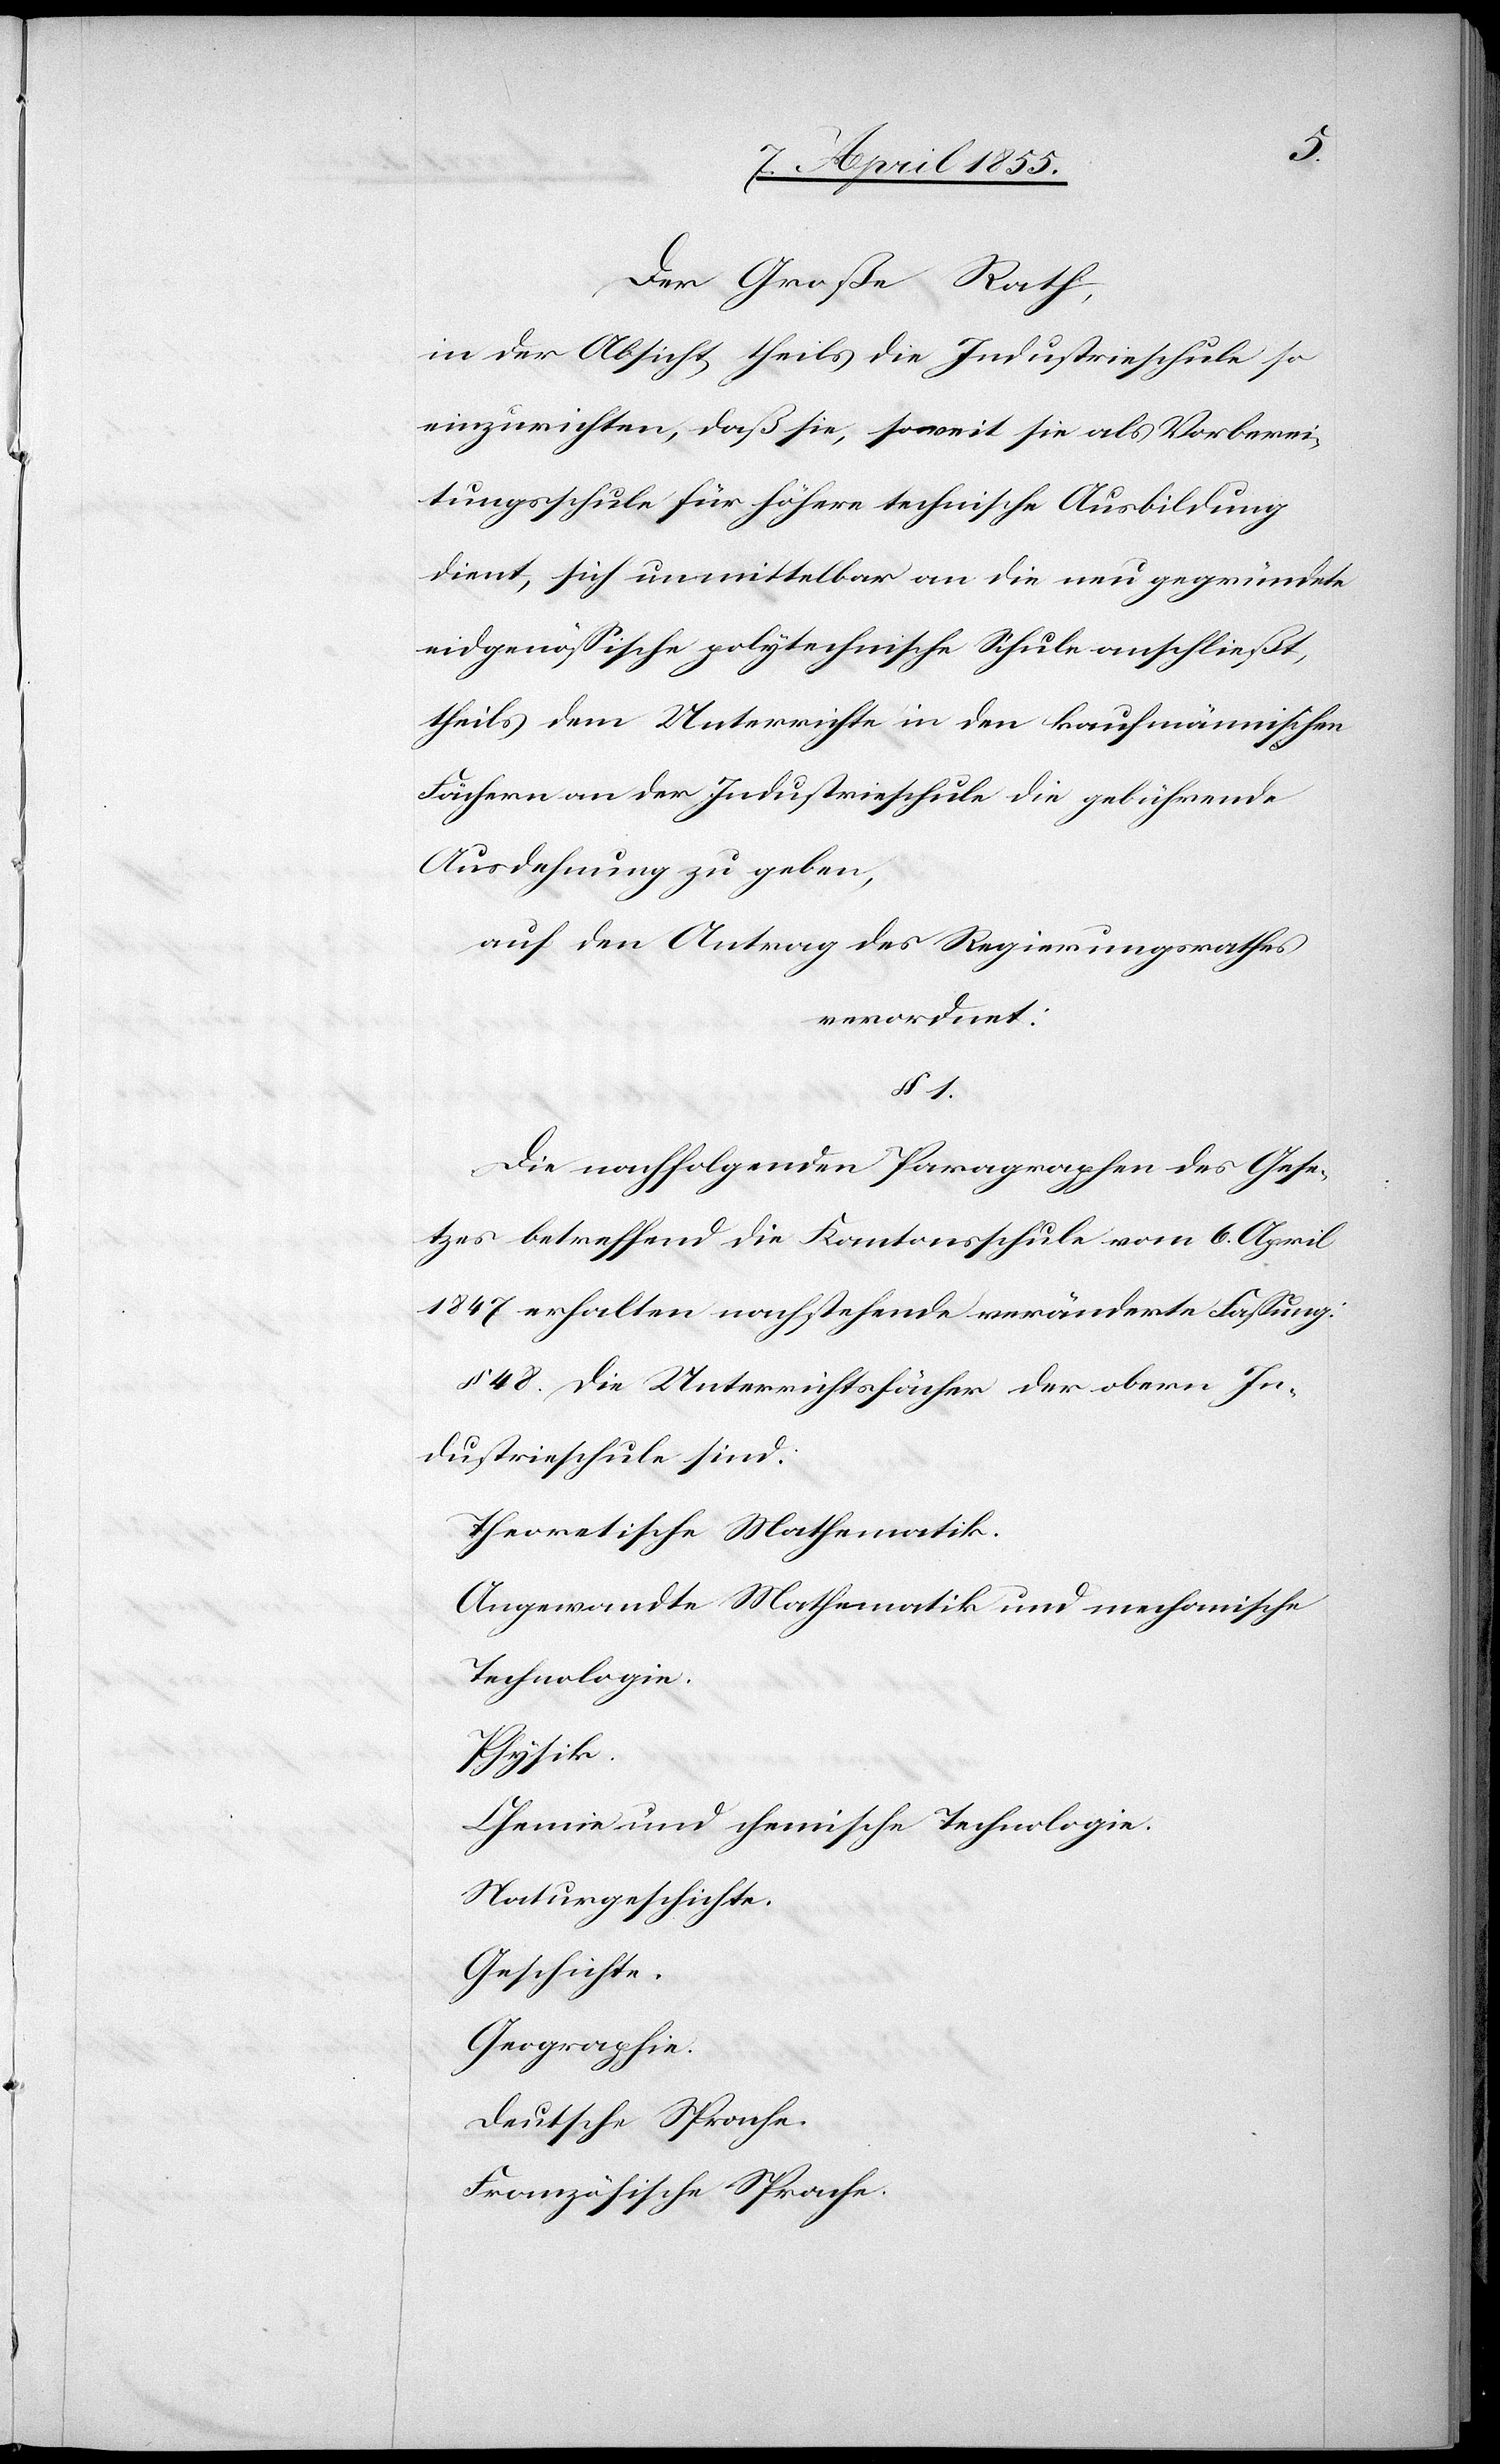
Der Große Rath,
in der Absicht theils die Industrieschule so
einzurichten, daß sie, soweit sie als Vorberei¬
tungsschule für höhere technische Ausbildung
dient, sich unmittelbar an die neu gegründete
eidgenössische polytechnische Schule anschließt,
theils dem Unterrichte in den kaufmännischen
Fächern an der Industrieschule die gebührende
Ausdehnung zu geben,
auf den Antrag des Regierungsrathes
verordnet:
§ 1.
Die nachfolgenden Paragraphen des Gese¬
tzes betreffend die Kantonsschule vom 6. April
1847 erhalten nachstehende veränderte Fassung:
§ 48. Die Unterrichtsfächer der obern In¬
dustrieschule sind:
Theoretische Mathematik.
Angewandte Mathematik und mechanische
Technologie.
Physik.
Chemie und chemische Technologie.
Naturgeschichte.
Geschichte.
Geographie.
Deutsche Sprache.
Französische Sprache.